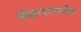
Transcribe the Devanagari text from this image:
सीझरप्रमाणेच